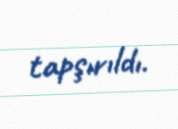
tapşırıldı.